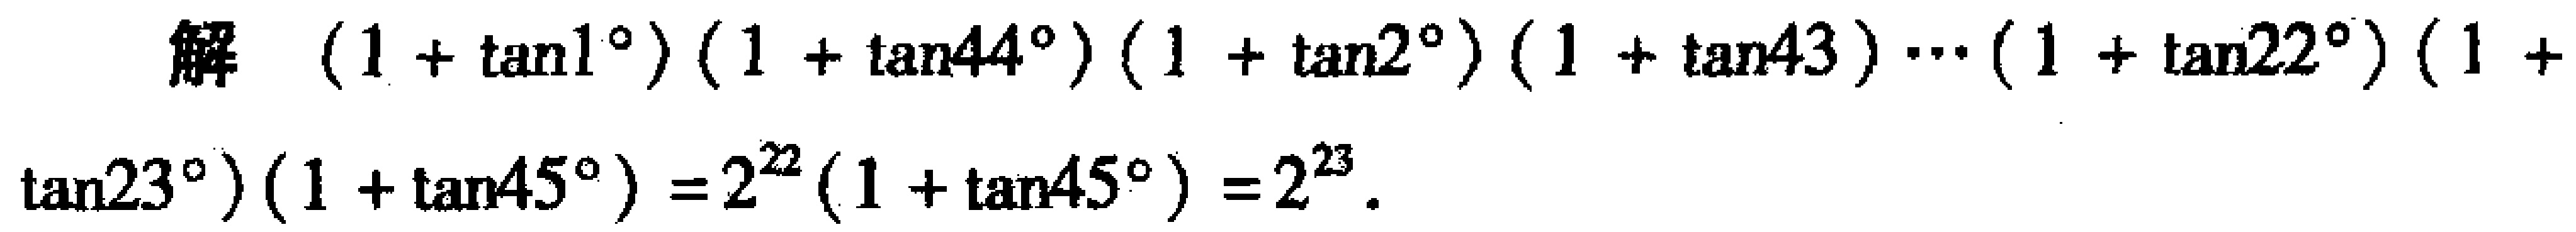
解 \((1 + \tan1^{\circ})(1 + \tan44^{\circ})(1 + \tan2^{\circ})(1 + \tan43^{\circ})\cdots(1 + \tan22^{\circ})(1 + \tan23^{\circ})(1 + \tan45^{\circ}) = 2^{22}(1 + \tan45^{\circ}) = 2^{23}\)。